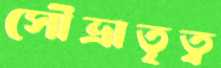
সৌভ্রাতৃত্ব